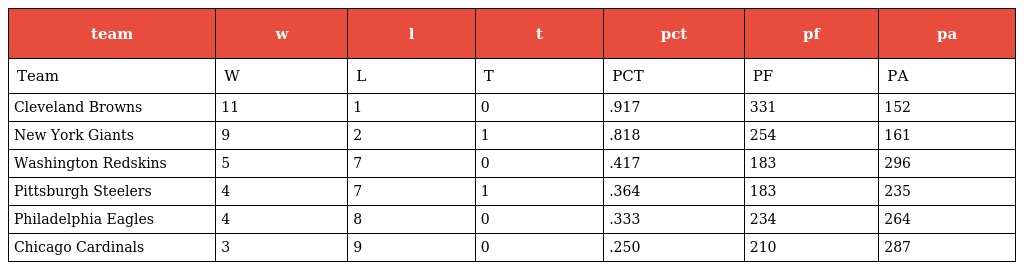
| team | w | l | t | pct | pf | pa |
 | --- | --- | --- | --- | --- | --- | --- |
 | Team | W | L | T | PCT | PF | PA |
 | Cleveland Browns | 11 | 1 | 0 | .917 | 331 | 152 |
 | New York Giants | 9 | 2 | 1 | .818 | 254 | 161 |
 | Washington Redskins | 5 | 7 | 0 | .417 | 183 | 296 |
 | Pittsburgh Steelers | 4 | 7 | 1 | .364 | 183 | 235 |
 | Philadelphia Eagles | 4 | 8 | 0 | .333 | 234 | 264 |
 | Chicago Cardinals | 3 | 9 | 0 | .250 | 210 | 287 |